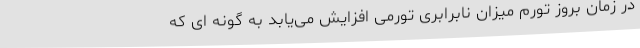
در زمان بروز تورم میزان نابرابری تورمی افزایش می‌یابد به گونه ای که